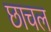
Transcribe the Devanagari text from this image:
छाचल